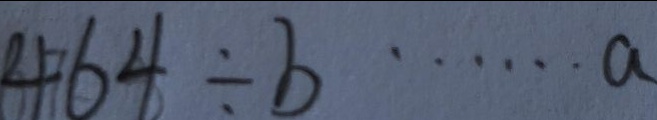
4 6 4 \div b \cdots a